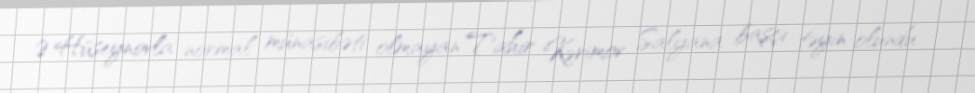
Ə.Hüseynovla normal münasibəti olmayan Tahir Kərimov Salyana başçı təyin olundu.